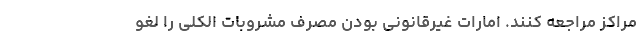
مراکز مراجعه کنند. امارات غیرقانونی بودن مصرف مشروبات الکلی را لغو